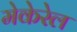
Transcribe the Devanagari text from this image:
मेकेरेल